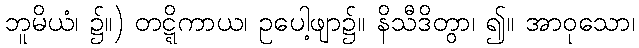
ဘူမိယံ၊ ၌။) တဋ္ဋိကာယ၊ ဥပေါ့ဖျာ၌။ နိသီဒိတွာ၊ ၍။ အာဝုသော၊